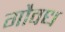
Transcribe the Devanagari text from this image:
गौवध